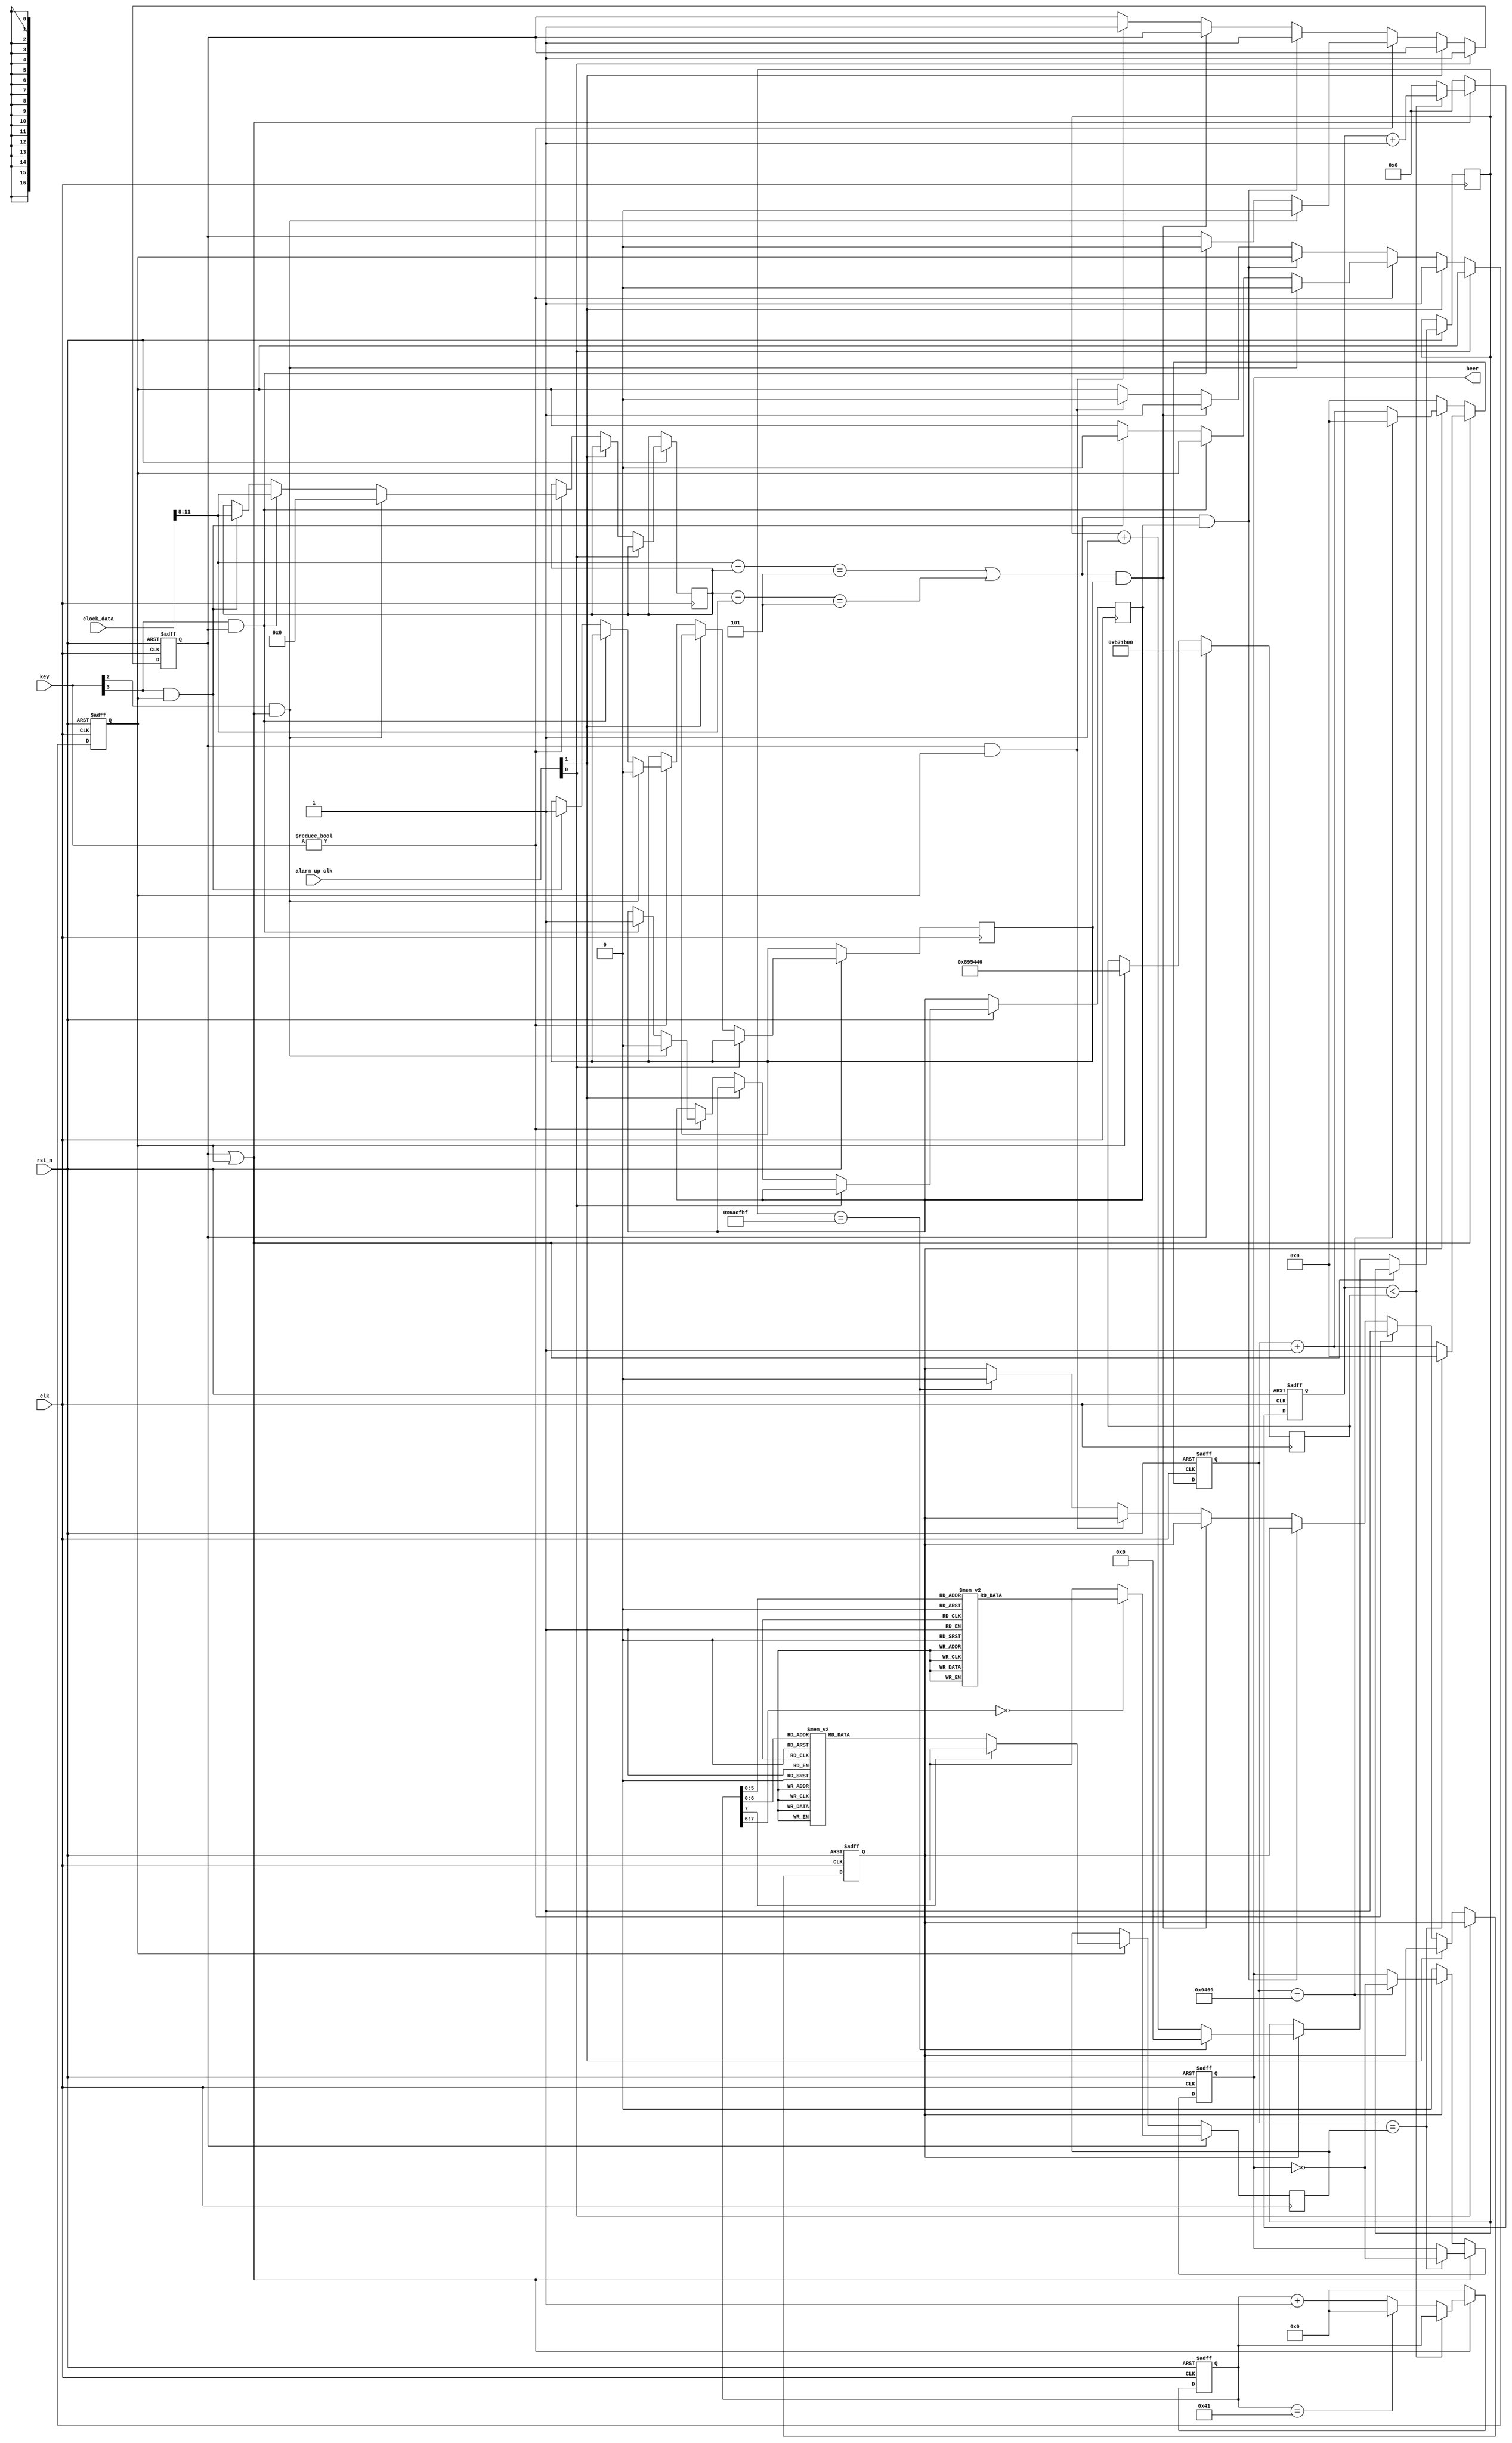
module alarm(	
			input						clk 	,
			input						rst_n	,
			input		[4:0]			key	,
			
			input		[1:0]			alarm_up_clk,
			input		[23:0]		clock_data,
					
			output					beer
			
);
/*****************************************/
localparam 	L_1=17'd95420,
				L_2=17'd85324,
				L_3=17'd75987,
				L_4=17'd71633,
				L_5=17'd63775,
				L_6=17'd56818,
				L_7=17'd50607,
				
				M_1=17'd47801,
				M_2=17'd42662,
				M_3=17'd37993,
				M_4=17'd35868,
				M_5=17'd31928,
				M_6=17'd28441,
				M_7=17'd25329,
				
				H_1=17'd23923,
				H_2=17'd21349,
				H_3=17'd18996,
				H_4=17'd17946,
				H_5=17'd15994,
				H_6=17'd14245,
				H_7=17'd12683,
				
				O	 =17'd0	 ;
//-------------------------------------  ---------------------------------------------------------------------------------------
 reg flag_en_1,flag_en_2,flag_en_key;
 reg	[24:0]	state_key	;
 reg	 [7:0] 	state			;
 reg	[3:0]	clock_data_t;
 reg	flag_en_1_re,flag_en_2_re;
 always@(posedge clk, negedge rst_n) begin
	  if(!rst_n)
	  begin
			flag_en_1 <= 1'b0;
			flag_en_2 <= 1'b0;
			flag_en_key <= 1'b0;
	  end
	  else if(alarm_up_clk[0])  //1
			flag_en_1 <= 1'b1;
	  else if(alarm_up_clk[1])  //2
			flag_en_2 <= 1'b1;
	  else if(key)
	  begin
			  flag_en_key <= 1'b1;
			  if(key[2]&(flag_en_1|flag_en_2))
			  begin
					 flag_en_1 <= 1'b0;
					 flag_en_2 <= 1'b0;
					 flag_en_1_re <= 1'b0;
					 flag_en_2_re <= 1'b0;
					 clock_data_t <= 4'd0;
			  end
			  else if(key[3]&flag_en_1 == 1'b1)
			  begin
					flag_en_1 <= 1'b0;
					flag_en_1_re <= 1'b1;
					clock_data_t <= clock_data[11:8];
			  end
			  else if(key[3]&flag_en_2 == 1'b1)
			  begin
					flag_en_2 <= 1'b0;
					flag_en_2_re <= 1'b1;
					clock_data_t <= clock_data[11:8];
			  end
	  end
	  else if((clock_data[11:8] - clock_data_t == 4'd5||clock_data_t - clock_data[11:8]==4'd5)&flag_en_1_re == 1'b1)
	  begin
			flag_en_1 <= 1'b1;
	  end
	  else if((clock_data[11:8] - clock_data_t == 4'd5||clock_data_t - clock_data[11:8]==4'd5)&flag_en_2_re == 1'b1)
	  begin
			flag_en_2 <= 1'b1;
	  end
	  else if(flag_en_1&flag_en_2)
		begin
				flag_en_2 <= 1'b0;
				flag_en_1 <= 1'b1;
		end
	  else if(state_key == 25'd6999999)
			flag_en_key <= 1'b0;
	  else
	  begin
			clock_data_t <= clock_data_t;
			flag_en_key <= flag_en_key;
			flag_en_1 <= flag_en_1;
			flag_en_2 <= flag_en_2;
	  end
 end 


//------------------------------------  ---------------------------------------------------------------------------------
 reg beep_r;    
 reg [16:0] count, pitch;			//
 reg [23:0] count1;					//


reg	[26:0] TIME;  //250ms     
 assign beer = beep_r;
 
 
 always@(posedge clk, negedge rst_n) begin
	  if(!rst_n) begin
			count <= 17'h0;
			beep_r <= 1'b0;
	  end 
	  else if(flag_en_1|flag_en_2) begin
			count <= count + 1'b1;
			if(count == pitch) begin
				 count <= 17'h0;
				 beep_r <= !beep_r;
			end 
	  end
	  else if(flag_en_key)
	  begin
			state_key <= state_key + 1'b1;
			begin
				count <= count +1'b1;
				if(count == M_3)
				begin	
					 count <= 17'h0;
					 beep_r <= !beep_r;
				end
		   end
			if(state_key == 25'd6999999)
				state_key <= 25'd0;
	  end
	  else begin
			count <= 17'h0;
			beep_r <= 1'b0;            
	  end 
 end 
 
 always@(posedge clk, negedge rst_n) begin
	  if(!rst_n) begin
			count1 <= 24'd0;
			state <= 8'd0;
	  end
	  else if(flag_en_1|flag_en_2) begin
			if(count1 < TIME) 
				 count1 <= count1 + 1'b1;
			else begin
				 count1 <= 24'd0;
				 if(state == 8'd65)
					  state <= 8'd0;
				 else
					  state <= state + 1'b1;        
			end         
	  end 
	  else begin
			count1 <= 24'd0;
			state <= 8'd0;
	  end            
 end 
 
 always@(posedge	clk) 
 begin
	 if(flag_en_1)
	 begin
		  TIME <= 26'd12000000;
		  case(state)
				8'd0		:	pitch =M_1;
				8'd1		:	pitch =H_1;
				8'd2		:	pitch =M_7;
				8'd3		:	pitch =M_5;
				8'd4		:	pitch =M_2;
				8'd5		:	pitch =M_2;
				8'd6		:	pitch =M_2;
				8'd7		:	pitch =M_3;
				8'd8		:	pitch =M_3;
				8'd9		:	pitch =M_3;
				//
				8'd10		:	pitch =	O;
				8'd11		:	pitch =M_1;
				8'd12		:	pitch =H_1;
				8'd13		:	pitch =M_7;
				8'd14		:	pitch =M_5;
				8'd15		:	pitch =M_2;
				8'd16		:	pitch =M_2;
				8'd17		:	pitch =M_2;
				8'd18		:	pitch =M_2;
				8'd19		:	pitch =M_1;
				8'd20		:	pitch =M_2;
				8'd21		:	pitch =M_5;
				8'd22		:	pitch =M_5;
				8'd23		:	pitch =M_3;
				8'd24		:	pitch =M_3;
				8'd25		:	pitch =M_3;
				//
				8'd26		:	pitch =O;	
				8'd27		:	pitch =L_6;
				8'd28		:	pitch =L_6;
				8'd29		:	pitch =L_7;
				8'd30		:	pitch =M_1;
				8'd31		:	pitch =M_3;
				8'd32		:	pitch =M_6;
				8'd33		:	pitch =M_6;
				//
				8'd34		:	pitch =O;
				8'd35		:	pitch =L_6;
				8'd36 	:	pitch =L_6;
				8'd37		:	pitch =L_7;
				8'd38		:	pitch =M_1;
				8'd39		:	pitch =M_3;
				8'd40		:	pitch =M_5;
				8'd41		:	pitch =M_5; 
				//
				8'd42		:	pitch =O;
				8'd43		:	pitch =L_5;
				8'd44		:	pitch =L_6;
				8'd45		:	pitch =L_7;
				8'd46		:	pitch =M_1;
				8'd47		:	pitch =M_3;
				8'd48		:	pitch =M_6;
				8'd49		:	pitch =M_5;
				8'd50		:	pitch =M_6;
				8'd51 	:	pitch =M_7;
				8'd52		:	pitch =H_1;
				8'd53		:	pitch =M_7;
				8'd54		:	pitch =H_1;
				8'd55		:	pitch =H_2;
				8'd56		:	pitch =M_7;	
				8'd57		:	pitch =M_7;
				8'd58		:	pitch =M_7;
				8'd59		:	pitch = O ;
				default	:	pitch = 17'hxxxxx; 
		  endcase
	 end
	 else if(flag_en_2)
	 begin
		  TIME <= 26'd9000000;
		  case(state)
				// 
				8'd0		: pitch = H_1;
				8'd1		: pitch = H_1;
				8'd2		: pitch = O;
				8'd3		: pitch = H_1;
				8'd4		: pitch = H_1;
				8'd5		: pitch = O;
				8'd6		: pitch = H_1;		  
				8'd7		: pitch = H_1;	
				8'd8		: pitch = O;	
				8'd9		: pitch = M_3;					
				8'd10		: pitch = M_4;					
				8'd11		: pitch = M_5;					
				8'd12		: pitch = M_6;
				8'd13		: pitch = M_5;				
				8'd14		: pitch = M_3;
				8'd15		: pitch = M_5;
				8'd16		: pitch = M_5;
				8'd17	   : pitch = H_1;
				8'd18    : pitch = H_2;
				// 
				8'd19    : pitch = H_3;
				8'd20    : pitch = H_3;
				8'd21    : pitch = H_3;
				8'd22    : pitch = H_3;
				8'd23    : pitch = H_3;
				8'd24    : pitch = H_3;
				8'd25 	: pitch = H_1;
				8'd26 	: pitch = H_2;
				8'd27 	: pitch = H_3;
				8'd28 	: pitch = H_2;
				8'd29 	: pitch = H_2;
				8'd30 	: pitch = H_1;
				8'd31 	: pitch = H_2;
				8'd32 	: pitch = H_2;
				8'd33 	: pitch = H_3;
				8'd34 	: pitch = H_2;
				// 
				8'd35		: pitch = H_1;
				8'd36		: pitch = H_1;
				8'd37		: pitch = H_1;
				8'd38		: pitch = H_1;
				8'd39 	: pitch = H_1;		  
				8'd40		: pitch = H_1;	
				8'd41		: pitch = M_3;					
				8'd42		: pitch = M_4;					
				8'd43		: pitch = M_5;					
				8'd44		: pitch = M_6;
				8'd45		: pitch = M_5;				
				8'd46		: pitch = M_3;
				8'd47		: pitch = M_5;
				8'd48		: pitch = M_5;
				8'd49	   : pitch = H_1;
				8'd50    : pitch = H_2;
				8'd51		: pitch = H_3;
				8'd52		: pitch = H_3;
				8'd53		: pitch = H_3;
				8'd54		: pitch = H_3;
				8'd55		: pitch = O;
				8'd56		: pitch = H_2;
				8'd57		: pitch = H_2;
				8'd58		: pitch = H_2;
				8'd59		: pitch = H_2;
				8'd60		: pitch = O;
				8'd61		: pitch = H_1;
				8'd62		: pitch = H_1;
				8'd63		: pitch = H_1;
				8'd64		: pitch = H_1;
				8'd65    : pitch = O;
				default:                     pitch = 17'hxxxxx; 
		  endcase
	 end
 end 
endmodule